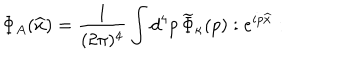
LaTeX: \Phi _ { A } ( \widehat { x } ) = { \frac { 1 } { ( 2 \pi ) ^ { 4 } } } \int d ^ { 4 } p \, \widetilde { \Phi } _ { \kappa } ( p ) : e ^ { i p \widehat { x } } :